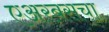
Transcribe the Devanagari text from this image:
एअरबसचा